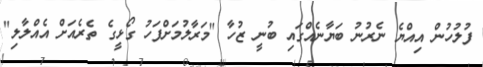
ފުލުހުން އިއްޔެ ނެރުނު ބަޔާނެއްގައި ބުނީ ޒުހާ "މަރާލުމަށްފަހު ގޯޅީގެ ތެރެއަށް އެއްލާލި"